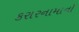
કરારનામાનો